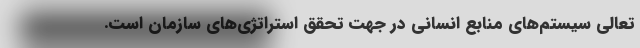
تعالی سیستم‌های منابع انسانی در جهت تحقق استراتژی‌های سازمان است.